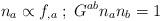
LaTeX: \begin{align*}n_{a}\propto f_{,a}\; ; \; G^{ab}n_{a}n_{b}=1 \end{align*}